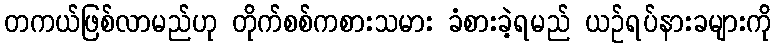
တကယ်ဖြစ်လာမည်ဟု တိုက်စစ်ကစားသမား ခံစားခဲ့ရမည် ယဉ်ရပ်နားခများကို